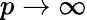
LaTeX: p\rightarrow\infty